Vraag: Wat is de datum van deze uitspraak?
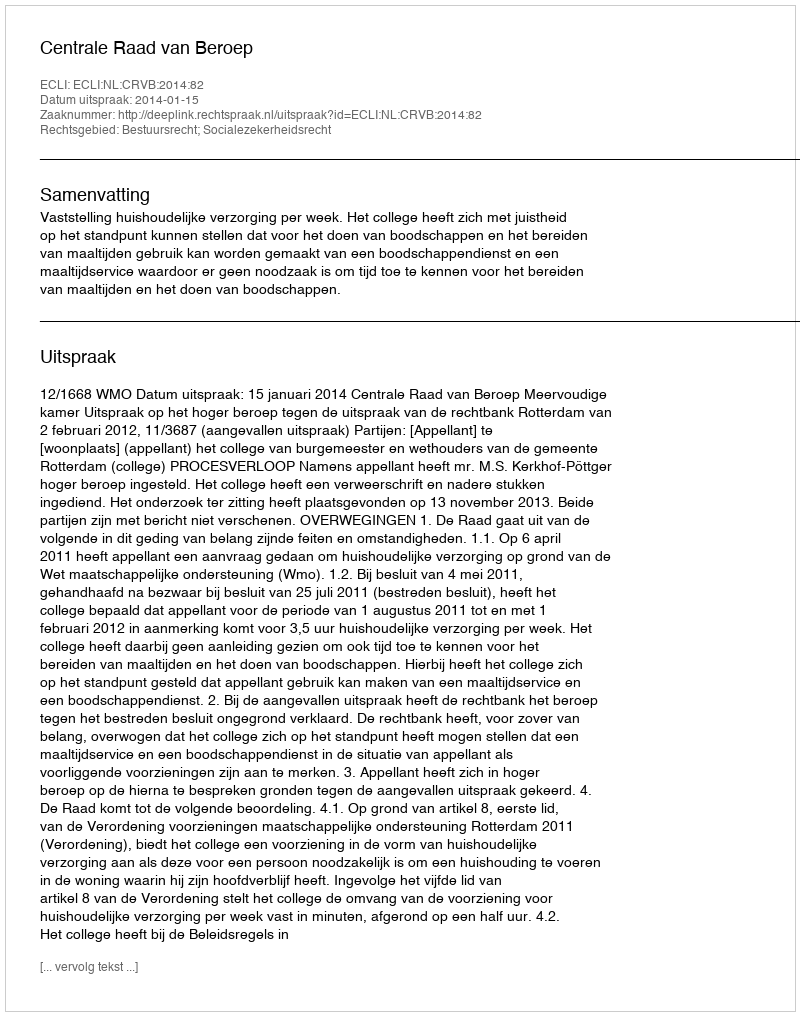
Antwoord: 2014-01-15